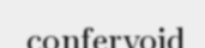
confervoid